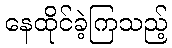
နေထိုင်ခဲ့ကြသည့်